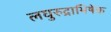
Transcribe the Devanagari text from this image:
लघुरुद्राभिषेक